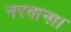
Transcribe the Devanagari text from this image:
नरवाना।